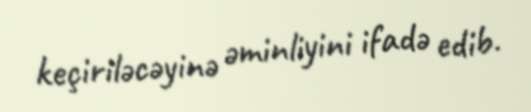
keçiriləcəyinə əminliyini ifadə edib.